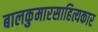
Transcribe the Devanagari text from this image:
बालकुमारसाहित्यकार